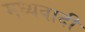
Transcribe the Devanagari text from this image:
मध्यवादी